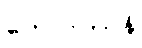
တေလကာနိ